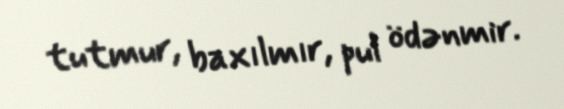
tutmur, baxılmır, pul ödənmir.